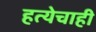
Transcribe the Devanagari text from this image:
हत्येचाही